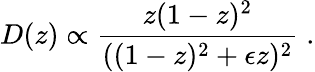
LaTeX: D(z)\propto\frac{z(1-z)^{2}}{((1-z)^{2}+\epsilon z)^{2}}\; .